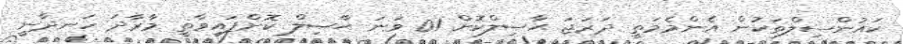
ކައުންސިލްތަކުން އެންމެމަތީ ދަރަޖަ ޙާޞިލްކޮށް 01 ވަނަ ޙާޞިލް ކޮށްފައިވާތީ މާރާދަ ހަނދާނީ